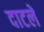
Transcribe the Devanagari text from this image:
दाटले